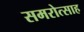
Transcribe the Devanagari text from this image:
समरोत्साह